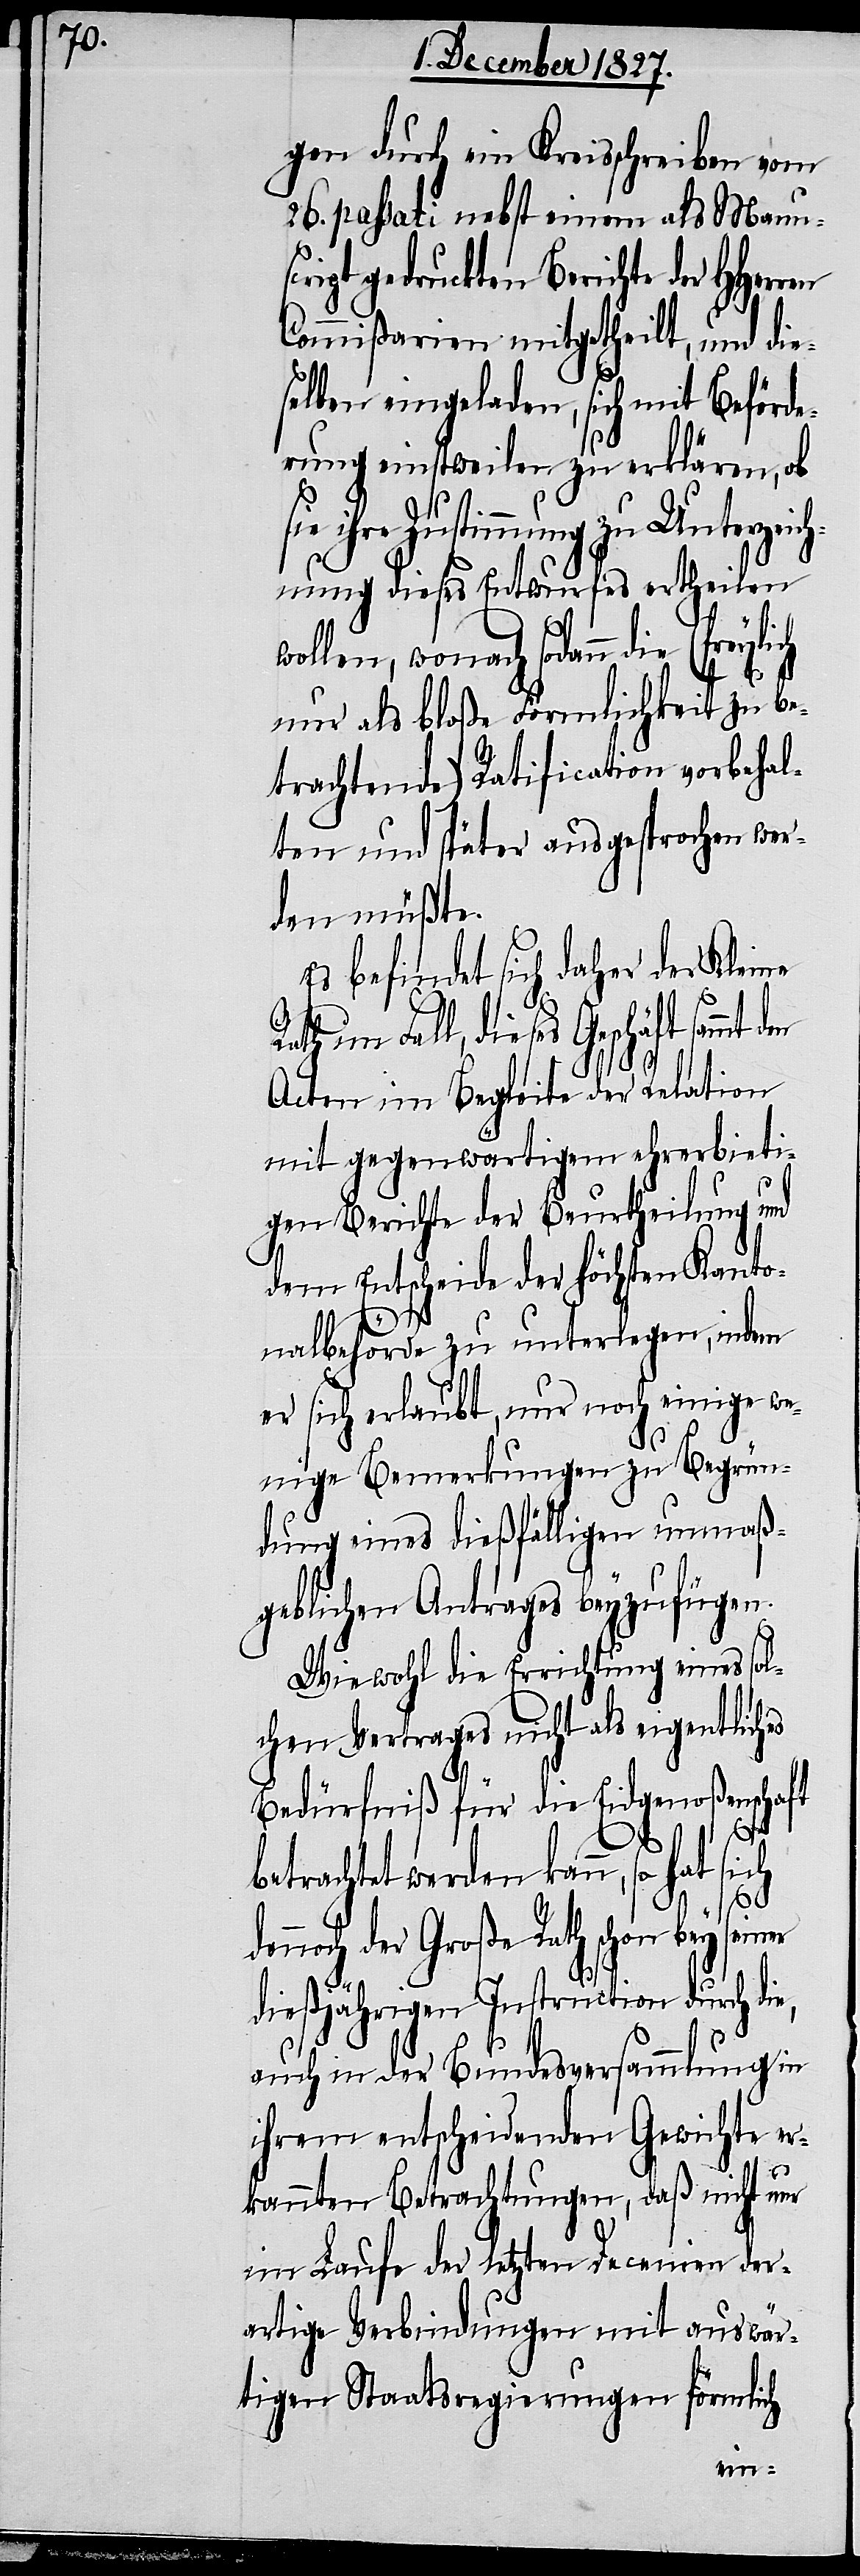
gen durch ein Kreisschreiben vom
26. passati nebst einem als Manus¬
cript gedruckten Berichte der
Commißarien mitgetheilt, und die¬
selben eingeladen, sich mit Beförde¬
rung einstweilen zu erklären, ob
e Zustimmung zu Unterzeic¬
hnung dieses Entwurfes ertheilen
wollen, wonach sodann die
nur als bloße Förmlichkeit zu be¬
trachtende) Ratification vorbehal¬
ten und später ausgesprochen wer¬
den müßte.
Es befindet sich daher der Kleine
Fall, dieses Geschäft sammt
Acten im Begleite der Relation
mit gegenwärtigem ehrerbieti¬
gen Berichte der Beurtheilung und
dem Entscheide der höchsten Kanto¬
e,
nalbehörde zu unterlegen, indem
er sich erlaubt, nur noch einige we¬
nige Bemerkungen zu Begrün¬
dung eines dießfälligen unmaß¬
geblichen Antrages beyzufügen.
Wie wohl die Errichtung eines sol¬
chen Vertrages nicht als eigentliches
Bedürfniß für die Eidgenoßenschaft
sich
den¬
betrachtet werden kann, so
noch der Große Rath schon bey
dießjährigen Instruction durch di¬
auch in der Bundesversammlung in
ihrem entscheidenden Gewichte er¬
kannten Betrachtungen, daß nicht nur
im Lauf der letzten Decenien der¬
artige Verbindungen mit auswär¬
tigen Staatsregierungen förmlich
seiner